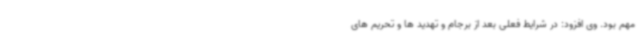
مهم بود. وی افزود: در شرایط فعلی بعد از برجام و تهدید ها و تحریم های